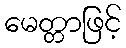
မေတ္တာဖြင့်